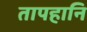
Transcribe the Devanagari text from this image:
तापहानि